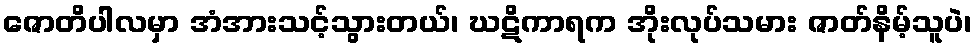
ဇောတိပါလမှာ အံအားသင့်သွားတယ်၊ ဃဋိကာရက အိုးလုပ်သမား ဇာတ်နိမ့်သူပဲ၊